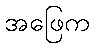
အဖြေက